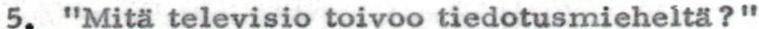
5. "Mitä televisio toivoo tiedotusmieheltä?"